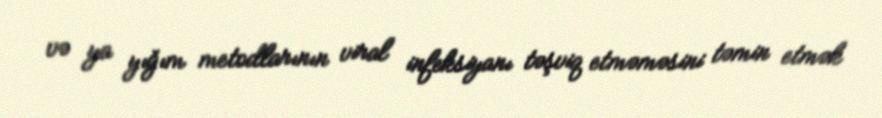
və ya yığım metodlarının viral infeksiyanı təşviq etməməsini təmin etmək